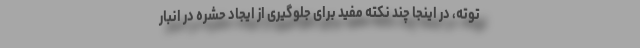
توته،‌ در اینجا چند نکته مفید برای جلوگیری از ایجاد حشره در انبار